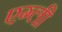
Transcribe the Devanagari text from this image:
एग्ली